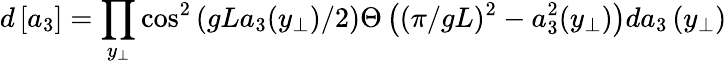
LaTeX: d\left[a_{3}\right]=\prod_{y_{\perp}}\cos^{2}\left(gLa_{3}(y_{\perp})/2\right)\Theta\left((\pi/gL)^{2}-a_{3}^{2}(y_{\perp})\right)da_{3}\left(y_{\perp}\right)